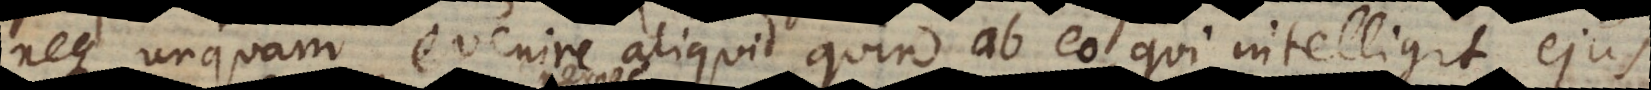
neque unquam evenire aliquid quin ab eo, qui intelligit, ejus